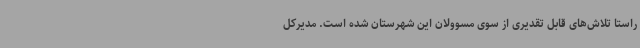
راستا تلاش‌های قابل تقدیری از سوی مسوولان این شهرستان شده است. مدیرکل